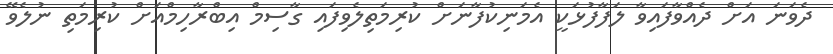
ދެވަނަ އަށް ދެއްވާފައިވާ ލަފާފުޅަކީ އެމަނިކުފާނަށް ކުރިމަތިލެވިފައި ގާސިމް އިބްރާހިމްއަށް ކުރިމަތި ނުލެވޭ